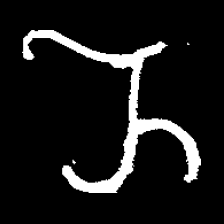
Pyu character \u2014 Myanmar letter: ည (romanized: nya)